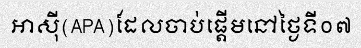
អាស៊ី(APA)ដែលចាប់ផ្តើមនៅថ្ងៃទី០៧